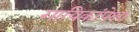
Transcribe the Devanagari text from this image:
गायिकांपेक्षा